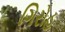
ગિરોહ